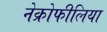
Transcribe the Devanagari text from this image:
नेक्रोफीलिया